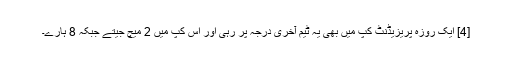
[4] ایک روزہ پریزیڈنٹ کپ میں بھی یہ ٹیم آخری درجہ پر رہی اور اس کپ میں 2 میچ جیتے جبکہ 8 ہارے۔